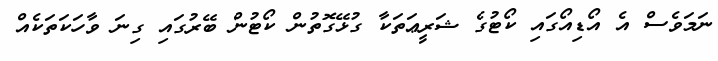
ނަމަވެސް އެ އޯޑިއޯގައި ކޯޓުގެ ޝަރީޢަތަކާ ގުޅޭގޮތުން ކޯޓުން ބޭރުގައި ގިނަ ވާހަކަތަކެއް